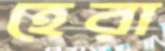
হেরা